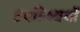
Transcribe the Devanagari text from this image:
उपल्ब्धियों